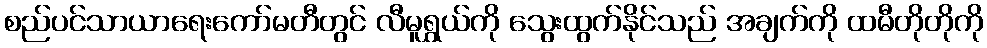
စည်ပင်သာယာရေးကော်မတီတွင် လီမူရွှယ်ကို သွေးထွက်နိုင်သည် အချက်ကို ထမီတိုတိုကို